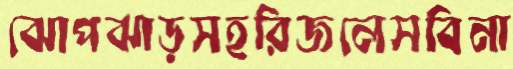
ঝোপঝাড়সহরিজলেসবিনা